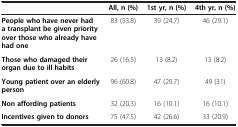
<table><thead><tr><td><b> </b></td><td><b>All, n (%)</b></td><td><b>1st yr, n (%)</b></td><td><b>4th yr, n (%)</b></td></tr></thead><tbody><tr><td><b>People who have never had a transplant be given priority over those who already have had one</b></td><td>83 (53.8)</td><td>39 (24.7)</td><td>46 (29.1)</td></tr><tr><td><b>Those who damaged their organ due to ill habits</b></td><td>26 (16.5)</td><td>13 (8.2)</td><td>13 (8.2)</td></tr><tr><td><b>Young patient over an elderly person</b></td><td>96 (60.8)</td><td>47 (29.7)</td><td>49 (31)</td></tr><tr><td><b>Non affording patients</b></td><td>32 (20.3)</td><td>16 (10.1)</td><td>16 (10.1)</td></tr><tr><td><b>Incentives given to donors</b></td><td>75 (47.5)</td><td>42 (26.6)</td><td>33 (20.9)</td></tr></tbody></table>